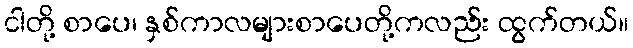
ငါတို့ စာပေ၊ နှစ်ကာလများစာပေတို့ကလည်း ထွက်တယ်။